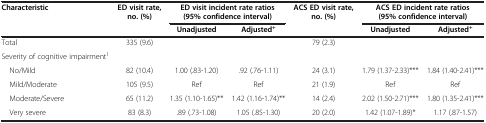
<table><thead><tr><td><b>Characteristic</b></td><td><b>ED visit rate, no. (%)</b></td><td colspan="2"><b>ED visit incident rate ratios (95%confidence interval)</b></td><td><b>ACS ED visit rate, no. (%)</b></td><td colspan="2"><b>ACS ED incident rate ratios (95% confidence interval)</b></td></tr><tr><td><b> </b></td><td><b> </b></td><td><b>Unadjusted</b></td><td><b>Adjusted<sup>+</sup></b></td><td><b> </b></td><td><b>Unadjusted</b></td><td><b>Adjusted<sup>+</sup></b></td></tr></thead><tbody><tr><td>Total</td><td>335 (9.6)</td><td> </td><td> </td><td>79 (2.3)</td><td> </td><td> </td></tr><tr><td>Severity of cognitive impairment<sup>1</sup></td><td> </td><td> </td><td> </td><td> </td><td> </td><td> </td></tr><tr><td> No/Mild</td><td>82 (10.4)</td><td>1.00 (.83-1.20)</td><td>.92 (.76-1.11)</td><td>24 (3.1)</td><td>1.79 (1.37-2.33)***</td><td>1.84 (1.40-2.41)***</td></tr><tr><td> Mild/Moderate</td><td>105 (9.5)</td><td>Ref</td><td>Ref</td><td>21 (1.9)</td><td>Ref</td><td>Ref</td></tr><tr><td> Moderate/Severe</td><td>65 (11.2)</td><td>1.35 (1.10-1.65)**</td><td>1.42 (1.16-1.74)**</td><td>14 (2.4)</td><td>2.02 (1.50-2.71)***</td><td>1.80 (1.35-2.41)***</td></tr><tr><td> Very severe</td><td>83 (8.3)</td><td>.89 (.73-1.08)</td><td>1.05 (.85-1.30)</td><td>20 (2.0)</td><td>1.42 (1.07-1.89)*</td><td>1.17 (.87-1.57)</td></tr></tbody></table>